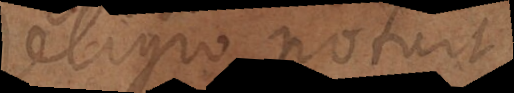
eligio potuit